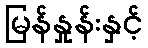
မြန်နှုန်းနှင့်